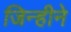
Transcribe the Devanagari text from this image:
जिन्हीने